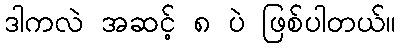
ဒါကလဲ အဆင့် ၈ ပဲ ဖြစ်ပါတယ်။